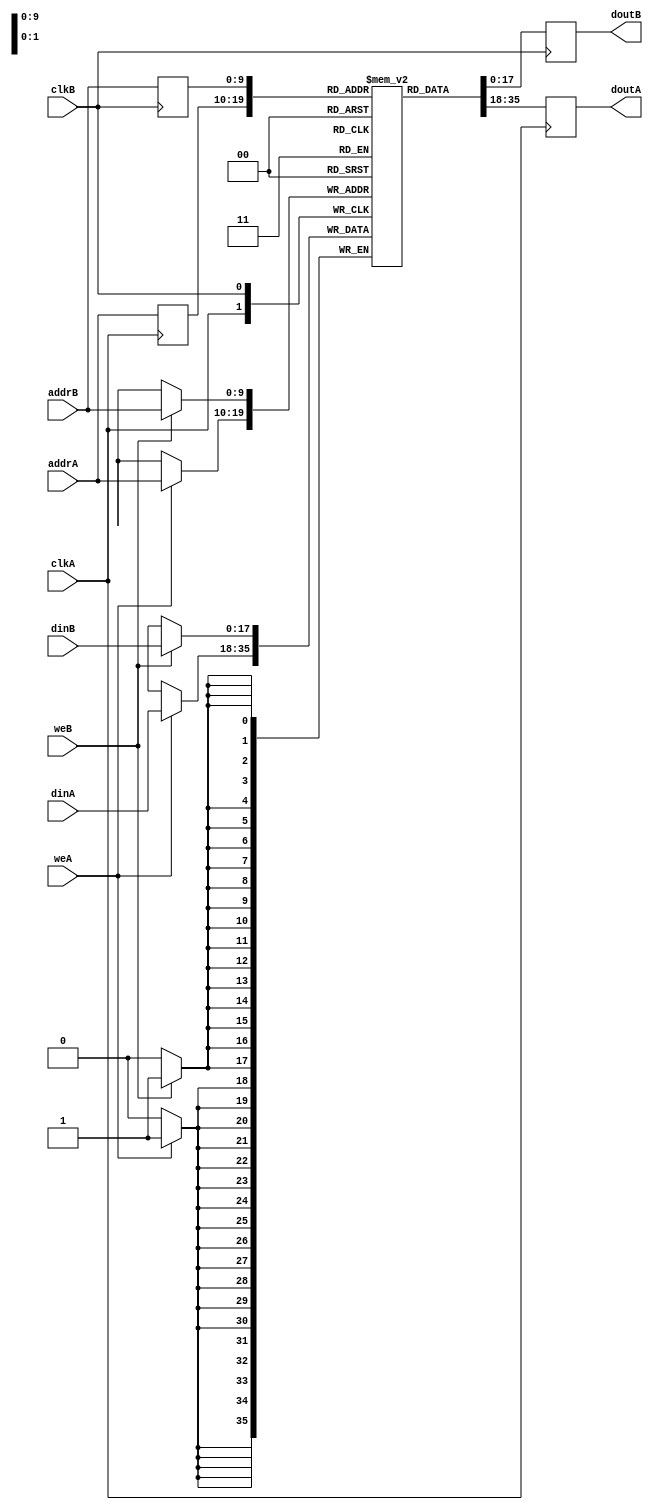
module ram_tdp_sync_reg_read_indp_read_1024x18 (clkA, clkB, weA, weB, addrA, addrB, dinA, dinB, doutA, doutB);
    input clkA, clkB, weA, weB;
    input [9:0] addrA, addrB;
    input [17:0] dinA, dinB;
    output reg [17:0] doutA, doutB;

    reg [9:0] reg_addrA, reg_addrB;
    reg [17:0] ram [1023:0];
    
    always @(posedge clkA)
    begin
        reg_addrA <= addrA;
        if (weA)
            ram[addrA] <= dinA;
  
        doutA <= ram[reg_addrA];
    end


    always @(posedge clkB)
    begin
        reg_addrB <= addrB;
        if (weB)
            ram[addrB] <= dinB;
        
        doutB <= ram[reg_addrB];
          
    end
    

endmodule